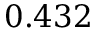
0 . 4 3 2